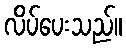
လိပ်ပေးသည်။